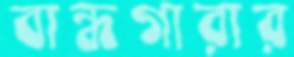
বান্ধগারার